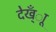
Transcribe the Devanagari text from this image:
देख्ँाू